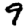
Digit: 9